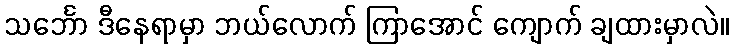
သင်္ဘော ဒီနေရာမှာ ဘယ်လောက် ကြာအောင် ကျောက် ချထားမှာလဲ။